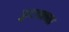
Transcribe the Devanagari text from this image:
फुटाचाच्या